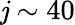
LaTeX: \mathit{j}\sim40